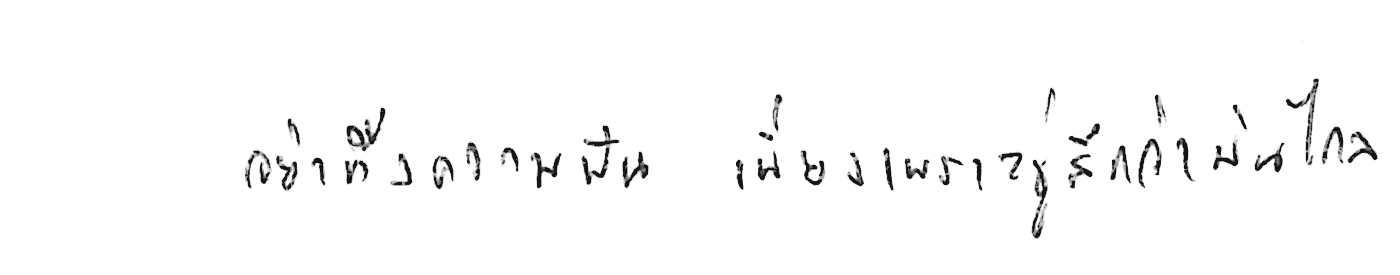
อย่าทิ้งความฝัน เพียงเพราะรู้สึกว่ามันไกล